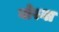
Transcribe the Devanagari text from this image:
बोस्ना